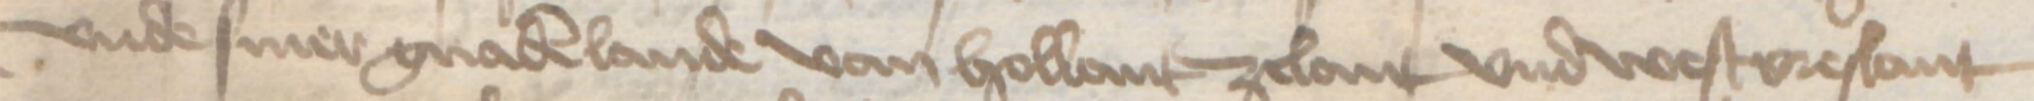
vnde siner gnaden lande van Hollant Zelant vnd Westvreslant